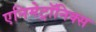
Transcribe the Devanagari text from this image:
एनिमेट्रॉनिक्स